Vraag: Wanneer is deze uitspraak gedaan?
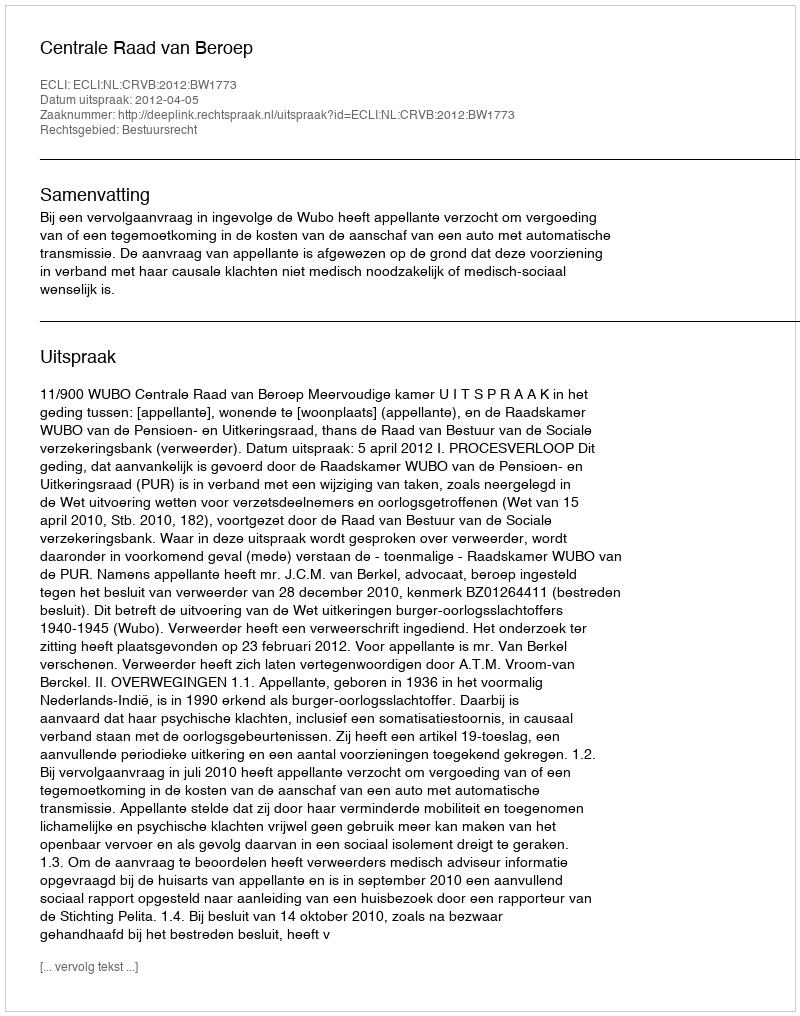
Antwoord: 2012-04-05